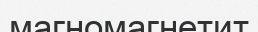
магномагнетит